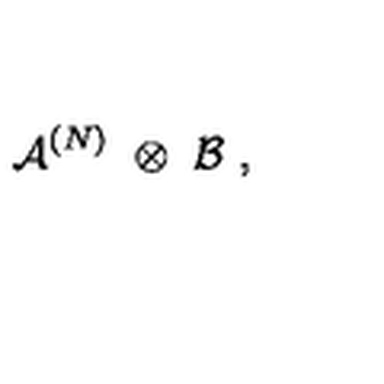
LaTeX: { \mathcal A } ^ { ( N ) } \ \otimes \ { \mathcal B } \ ,